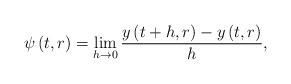
LaTeX: \begin{align*}\psi \left( t,r\right) =\lim_{h\rightarrow 0}\frac{y\left( t+h,r\right)-y\left( t,r\right) }{h}, \end{align*}